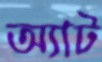
অ্যাট